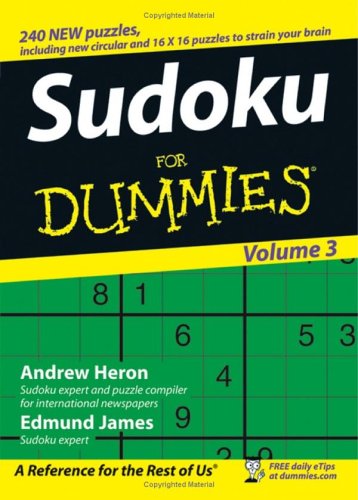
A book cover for Sudoku For Dummies, Volume 3; Andrew Heron; Humor & Entertainment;